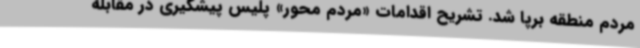
مردم منطقه برپا شد. تشریح اقدامات «مردم محور» پلیس پیشگیری در مقابله